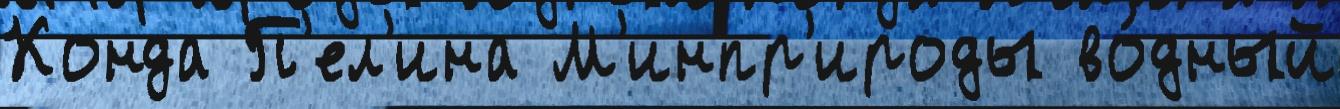
Конда П'ел'ина М'инпр'ироды во́дный